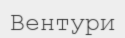
Вентури